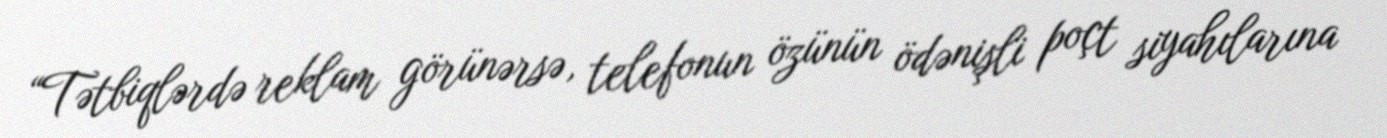
“Tətbiqlərdə reklam görünərsə, telefonun özünün ödənişli poçt siyahılarına